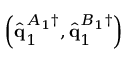
\left( \hat { \mathbf { q } } _ { 1 } ^ { A _ { 1 } \dagger } , \hat { \mathbf { q } } _ { 1 } ^ { B _ { 1 } \dagger } \right)